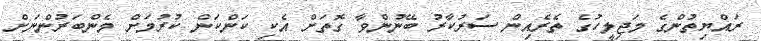
ރައްޔިތުންގެ މަޖިލީހުގެ ތެރެއިން ސަރުކާރު ބޭނުންވާ ގޮތަށް އެކި ކަންކަން ކުރުމަށް މެންބަރުންނަށް